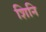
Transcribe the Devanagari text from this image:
शिनि